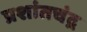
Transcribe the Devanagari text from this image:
प्रशांतचंद्र